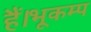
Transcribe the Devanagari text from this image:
हैं।भूकम्प